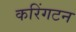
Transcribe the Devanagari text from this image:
करिंगटन